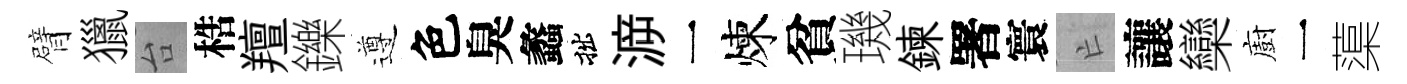
臂獵台梏羶鑠遵色臭蠡拙㴑一煉貧璣鍊署寰亡讓欒廚一蕖